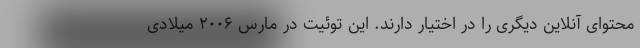
محتوای آنلاین دیگری را در اختیار دارند. این توئیت در مارس ۲۰۰۶ میلادی